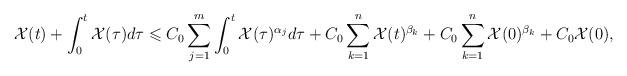
LaTeX: \begin{align*}\mathcal{X}(t)+\int^t_{0}\mathcal{X}(\tau)d\tau\leqslant C_0\sum_{j=1}^{m}\int^t_{0}\mathcal{X}(\tau)^{\alpha_j}d\tau+C_0\sum_{k=1}^{n}\mathcal{X}(t)^{\beta_k}+C_0\sum_{k=1}^{n}\mathcal{X}(0)^{\beta_k}+C_0\mathcal{X}(0),\end{align*}